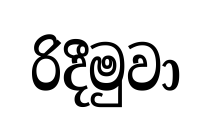
රිදීමුවා